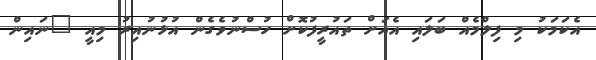
އެކަމަކު މި ފިލްމެއް ބަލައި އެއަށް ތައުރީފުކޮށް ހުސްނުވެގެން އުޅުނުއިރު މިއީ "ނައިން